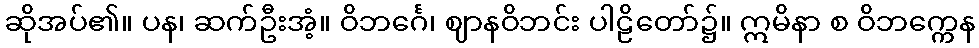
ဆိုအပ်၏။ ပန၊ ဆက်ဦးအံ့။ ဝိဘင်္ဂေ၊ ဈာနဝိဘင်း ပါဠိတော်၌။ ဣမိနာ စ ဝိဘက္ကေန